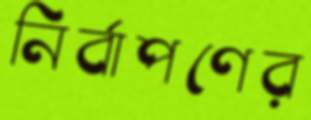
নির্বাপণের